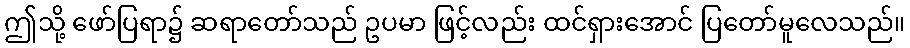
ဤသို့ ဖော်ပြရာ၌ ဆရာတော်သည် ဥပမာ ဖြင့်လည်း ထင်ရှားအောင် ပြတော်မူလေသည်။